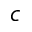
c